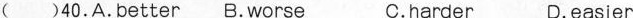
( )40.A.better B.worse C.harder D.easier